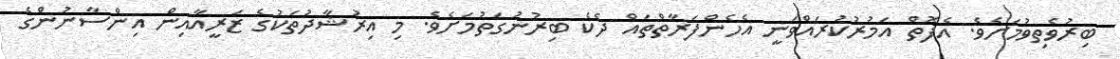
ބިރުވެތިވުމަށެވެ. އެފޮތް އަމުރުކުރައްވަނީ އެހެންފަރާތްތައް ދެކެ ބިރުނުގަތުމަށެވެ. މި އިރުޝާދުތަކުގެ ޒަރީއާއިން އިންސާނުންގެ